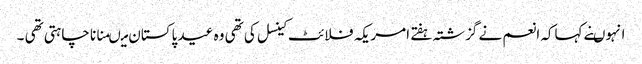
انہوںنے کہاکہ انعم نے گزشتہ ہفتے امریکہ فلائٹ کینسل کی تھی وہ عید پاکستان میںمنانا چاہتی تھی ۔